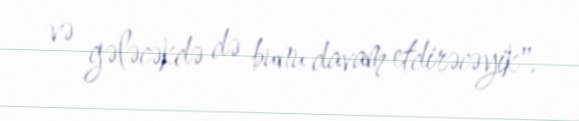
və gələcəkdə də bunu davam etdirəcəyik".